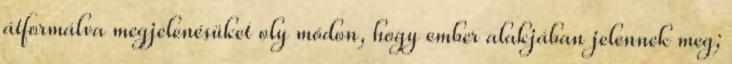
átformálva megjelenésüket oly módon, hogy ember alakjában jelennek meg;